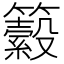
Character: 𥷆